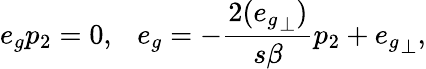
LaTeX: e_{g}p_{2}=0,\ \ \ e_{g}=-\frac{2({e_{g}}_{\perp})}{s\beta}p_{2}+{e_{g}}_{\perp},